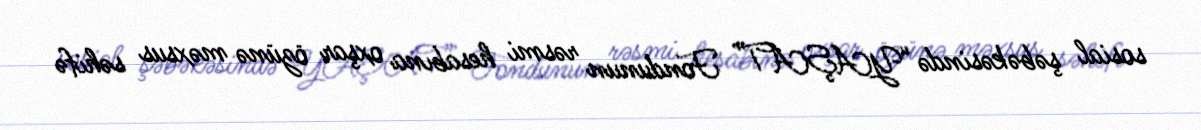
sosial şəbəkəsində “YAŞAT” Fondunun rəsmi hesabına oxşar özünə məxsus səhifə